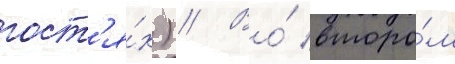
гост'я́х) // Во́ второ́м